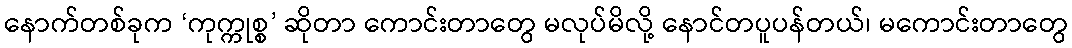
နောက်တစ်ခုက ‘ကုက္ကုစ္စ’ ဆိုတာ ကောင်းတာတွေ မလုပ်မိလို့ နောင်တပူပန်တယ်၊ မကောင်းတာတွေ